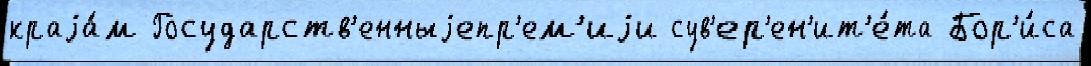
краjа́м Государств'енныjепр'ем'иjи сув'ер'ен'ит'е́та Бор'и́са